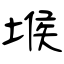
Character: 堠